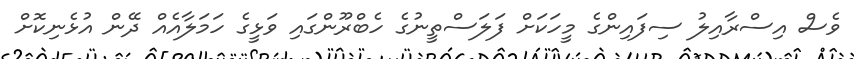
ވެސް އިސްރާއިލު ސިފައިންގެ މީހަކަށް ފަލަސްތީނުގެ ހެބްރޫންގައި ވަޅީގެ ހަމަލާއެއް ދޭން އުޅެނިކޮށް